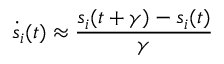
\dot { s } _ { i } ( t ) \approx \frac { s _ { i } ( t + \gamma ) - s _ { i } ( t ) } { \gamma }